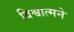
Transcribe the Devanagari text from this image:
विश्वात्मने